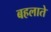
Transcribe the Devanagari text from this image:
बहलाते